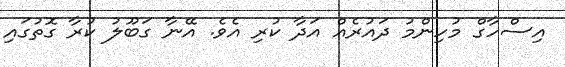
އިސްހާގް މުހިންމު ދައުރެއް އަދާ ކުރި އެވެ. އޭނާ ގަބޫލު ކުރާ ގޮތުގައި